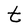
Character: t